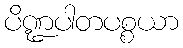
ပိဏ္ဍပါတပစ္စယာ